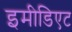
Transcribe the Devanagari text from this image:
इमीडिएट